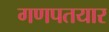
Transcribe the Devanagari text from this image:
गणपतयार